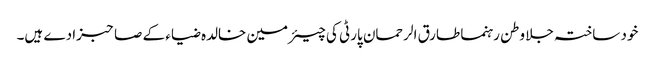
خود ساختہ جلا وطن رہنما طارق الرحمان پارٹی کی چیئرمین خالدہ ضیاء کے صاحبزادے ہیں۔